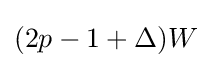
(2p-1+\Delta )W